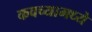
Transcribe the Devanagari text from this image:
कवच्यामध्ये